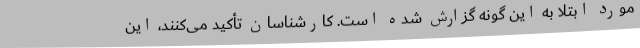
مورد ابتلا به این گونه گزارش شده است. کارشناسان تأکید می‌کنند، این